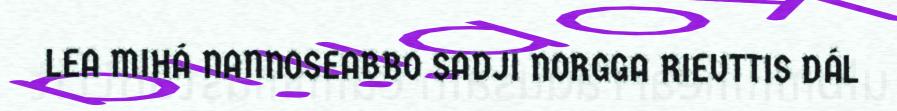
LEA MIHÁ NANNOSEABBO SADJI NORGGA RIEVTTIS DÁL